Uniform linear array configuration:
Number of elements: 8
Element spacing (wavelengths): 0.25
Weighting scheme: hamming
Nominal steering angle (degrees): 45
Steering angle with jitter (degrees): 44.355
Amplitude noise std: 0.05
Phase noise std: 0.05

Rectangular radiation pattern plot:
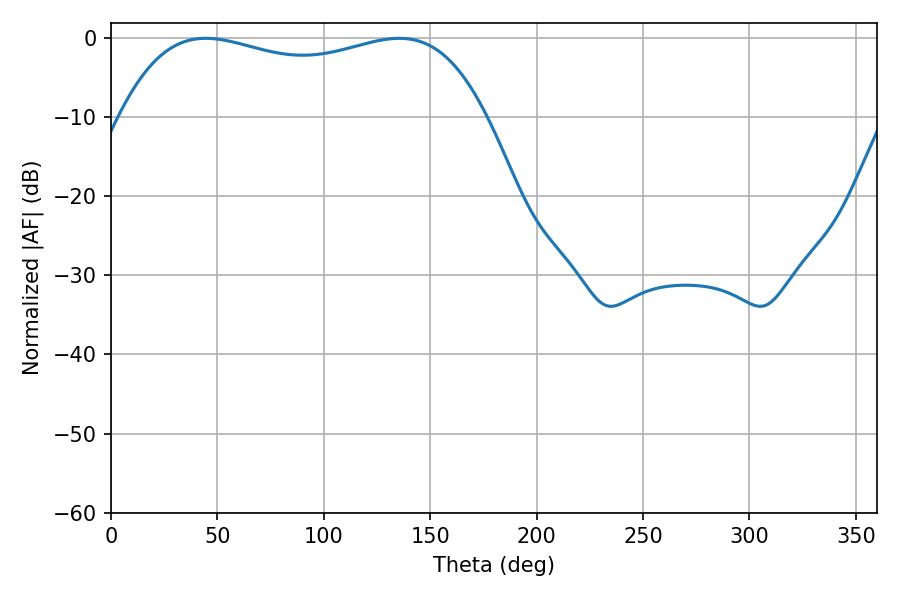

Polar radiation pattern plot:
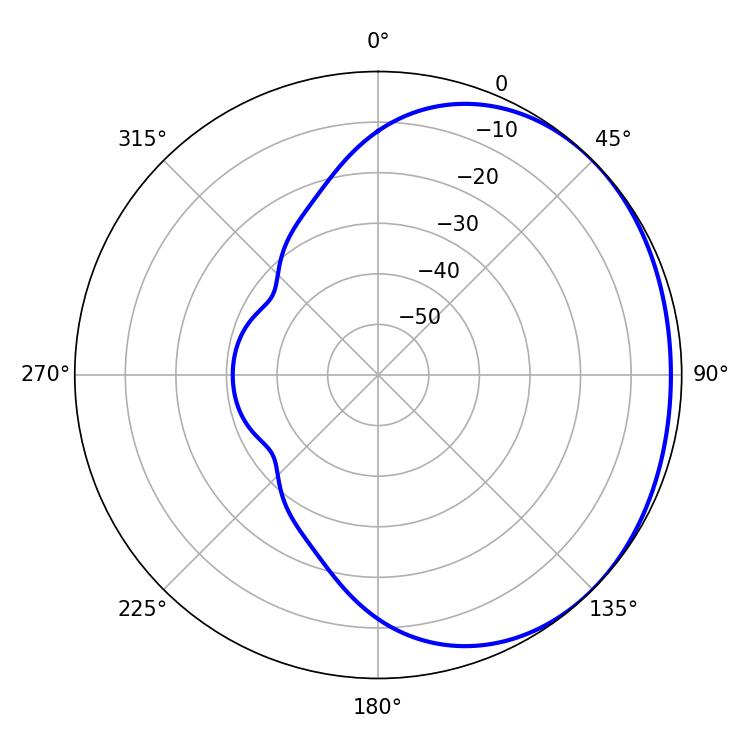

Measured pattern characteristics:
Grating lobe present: FALSE
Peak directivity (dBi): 1.193
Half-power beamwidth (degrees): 139.68
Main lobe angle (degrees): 44.46